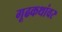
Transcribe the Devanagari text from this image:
गूढकथांवर